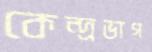
কেন্দ্রভাগ